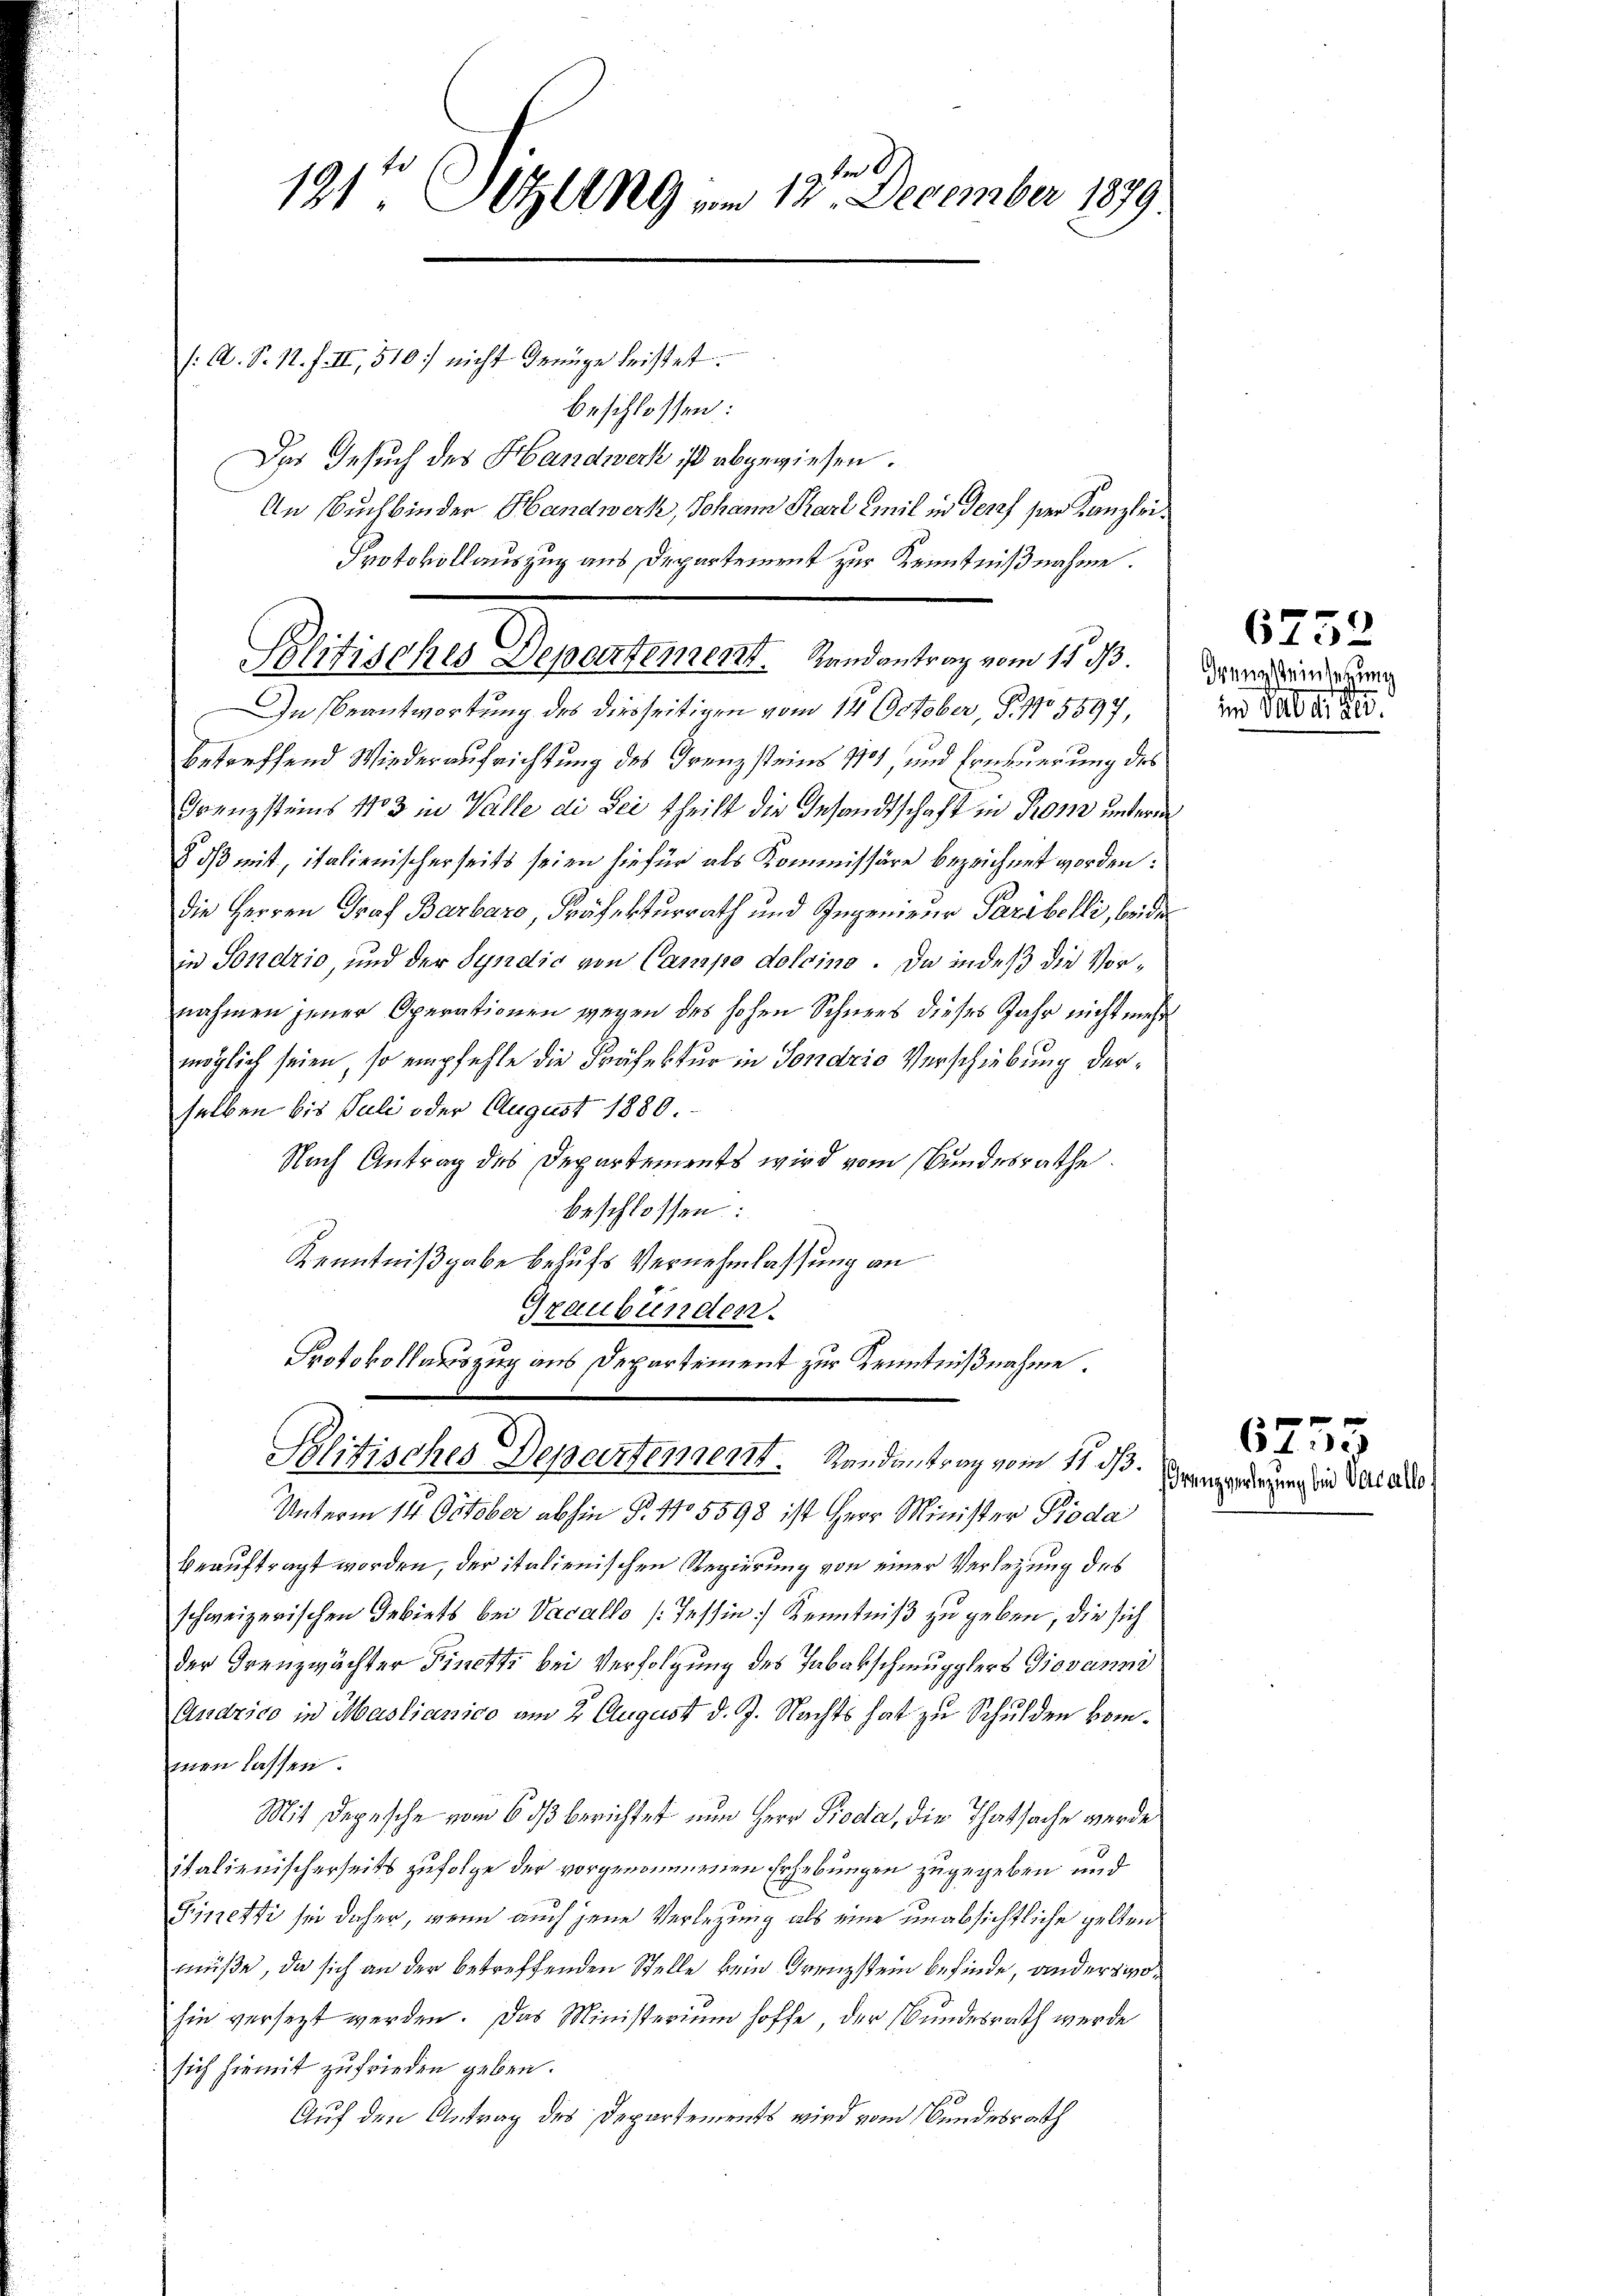
2te
191t Jetzt 19 vom 12. December 1879

Politisches Departement. Randantrag vom 15. d.

(: A. S. 1. f. II, 510. nicht Genüge leistet.
beschlossen:
Der Gesuch des Handwerk ist abgewiesen.
An Buchbinder Handwerk, Johann Karl Emil in deres ser Kanzlei¬
Protokollauszug aus Departement zur Kenntnißnahme.
In Beantwortung des diesseitigen vom 14. October, P. Nr. 5597,
betreffend Wiederaufrichtung des Grenzsteins 1101, und Erneuerung des
Grenzsteins 1103 in Valle di Sei theilt die Gesandtschaft in Prom untere
8 dß mit, italienischerseits seien hiefür als Kommissäre bezeichnet worden:
die Herren Graf Barbaro, Präfekturrath und Ingenieur Paribelli, beider
in Sondrio, und der Syndio von Canapo doloino. Da indeß die Vornahmen jener Operationen wegen des hohen Schnees dieses Jahr nicht mehr
möglich seien, so empfehle die Präfektur in Sondris Verschiebung derselben bis Juli oder August 1880
Nach Antrag des Departements wird vom Bundesrathe
beschlossen:
Kenntnißgabe behufs Vernehmlassung an
Graubünden.
Protokollauszug aus Departement zur Kenntnißnahme.
Politisches Departement. Rendentrag vom 11. ds. vergerung in die des
Unterm 14. October abhin P. No 5598 ist Herr Minister Pioda
beauftragt worden, der italienischen Regierung von einer Verletzung des
schweizerischen Gebiets bei Vacallo (Tessin Kenntniß zu geben, die sich
der Grenzwächter Finetti bei Verfolgung des Tabakschmugglers Giovanni
Andrico in Mastianico am 2. August d. J. Nachts hat zu Schulden kommen lassen.
Mit Depesche vom 6 ds berichtet nun Herr Procta, die Thatsache werdeitalienischerseits zufolge der vorgenommenen Erhebungen zugegeben und
Finetti sie daher, wenn auch jene Verlegung als eine unabsichtliche gelten
müße, da sich an der betreffenden Stelle kein Trenzstein befinde, anderpiohie versetzt werden. Das Ministerium hoffe, der Bundesrath werde
sich hiemit zufrieden geben.
Auf den Antrag des Departements wird vom Bundesrath

drung steinsetzung
in Pal er de

6752

6755